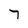
Character: 7